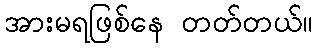
အားမရဖြစ်နေ တတ်တယ်။